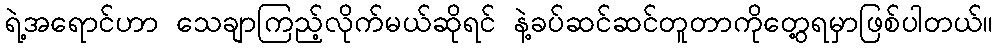
ရဲ့အရောင်ဟာ သေချာကြည့်လိုက်မယ်ဆိုရင် နဲ့ခပ်ဆင်ဆင်တူတာကိုတွေ့ရမှာဖြစ်ပါတယ်။